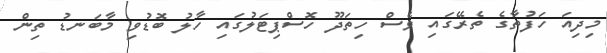
މިދިއަ ހަފުތާގެ ތެރޭގައި ވެސް ހިތަދޫ ހޮސްޕިޓަލުގައި ހާލު ބޮޑުވި މާބަނޑު ތިން